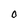
Character: 0